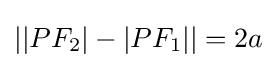
\left|\left|PF_{2}\right|-\left|PF_{1}\right|\right|=2a